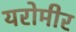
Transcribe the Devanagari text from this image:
यरोमीर